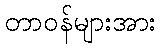
တာဝန်များအား